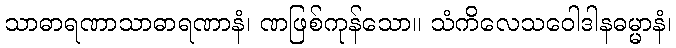
သာဓာရဏာသာဓာရဏာနံ၊ ဏဖြစ်ကုန်သော။ သံကိလေသဝေါဒါနဓမ္မာနံ၊